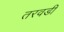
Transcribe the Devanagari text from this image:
तरवडी